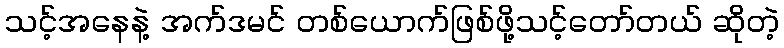
သင့်အနေနဲ့ အက်ဒမင် တစ်ယောက်ဖြစ်ဖို့သင့်တော်တယ် ဆိုတဲ့